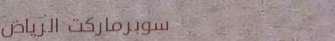
سوبرماركت الرياض